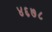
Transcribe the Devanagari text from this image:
४६७८